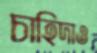
চাহিদাও